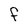
Character: F